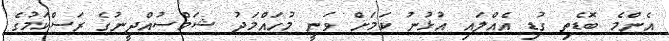
އެންމެ ބޮޑެތި ގުޑި އެއްލައި އުޅުނު ކަމަށް ވަނީ މުހައްމަދު ޝަމްސުއްދީނުގެ ރަސްކަމުގެ